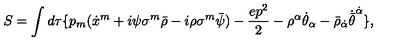
S = \int d \tau \{ p _ { m } ( \dot { x } ^ { m } + i \psi \sigma ^ { m } \bar { \rho } - i \rho \sigma ^ { m } \bar { \psi } ) - \frac { e p ^ { 2 } } { 2 } - { \rho ^ { \alpha } } { \dot { \theta } } _ { \alpha } - { \bar { \rho } } _ { \dot { \alpha } } { \dot { \bar { \theta } } } ^ { \dot { \alpha } } \} ,